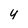
Character: y